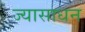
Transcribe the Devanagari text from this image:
ज्यासाधन